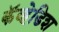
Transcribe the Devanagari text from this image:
कॅव्हेडिश